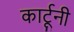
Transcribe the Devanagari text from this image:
कार्टूनी